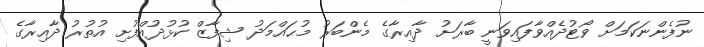
ނުފެންނަކަމަށް ވޯޓުދެއްވާފައިވަނީ ބާރަށު ދާއިރާގެ މެންބަރު މުޙައްމަދު ޝިފާޒް ކުޅުދުއްފުށި އުތުރު ދާއިރާގެ